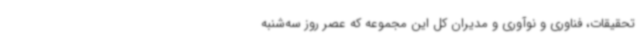
تحقیقات، فناوری و نوآوری و مدیران کل این مجموعه که عصر روز سه‌شنبه